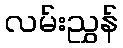
လမ်းညွှန်